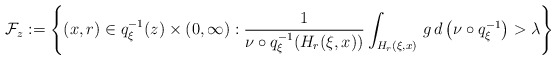
\begin{align*}\mathcal{F} _z := \left\{ ( x , r ) \in q _\xi ^{-1} (z) \times (0, \infty ) : \frac{1}{ \nu \circ q _\xi ^{-1} ( H _r ( \xi , x ))} \int _{H _r ( \xi , x )} \, g \, d \left( \nu \circ q _\xi ^{-1} \right) > \lambda \right\}\end{align*}